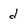
Character: d